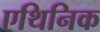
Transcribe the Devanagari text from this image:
एथिनिक